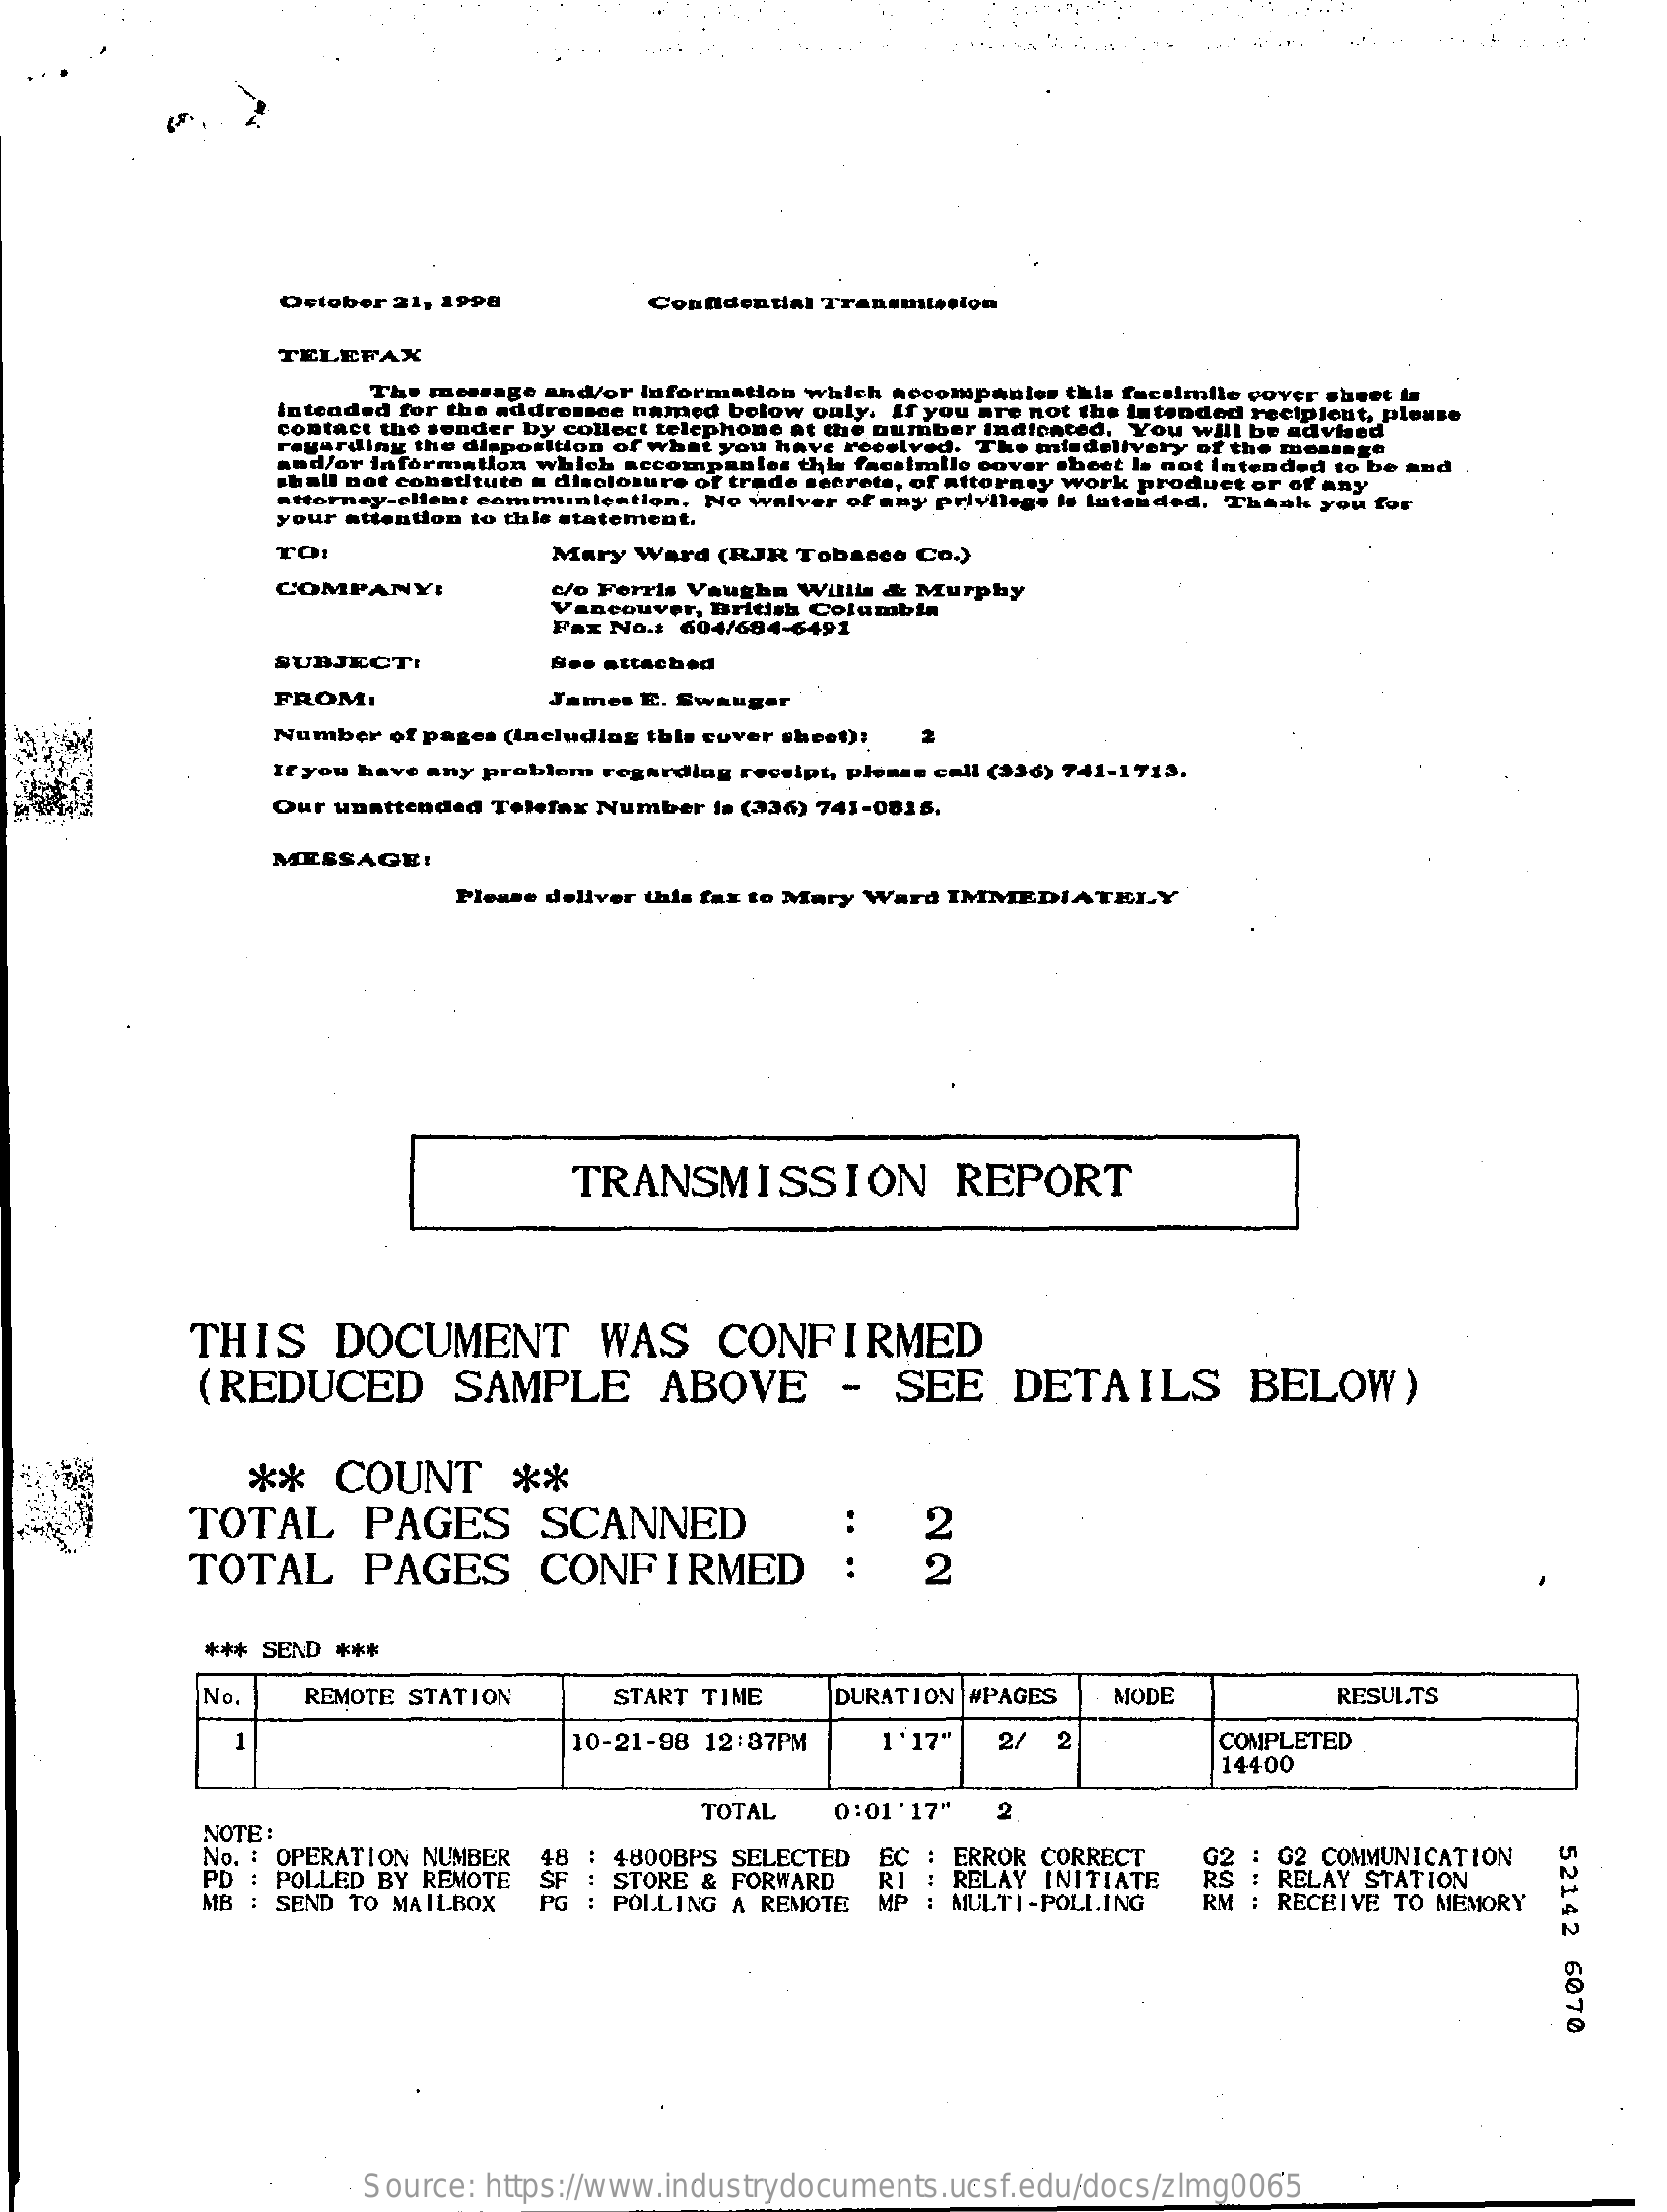
October 21, 1998    Confidential Transmission
     TELEFAX
     The message and/or Information which hecompanles this facsimile cover sheet la
     intended for the addressee named below only. If you are not the intended recipient, please
     contact the sender by collect telephone at the number Indicated, You will be advised
     regarding the disposition of what you have received. The misdelivery of the meunge
     and/or laformallon which secompanies this facsimile cover sheet la not Intended to be and
     shall not cobstituto a disclosure of    ork
     attorney-client communication, No waiver of any privilege le lutended. Thank you for
     de Beer
     your attention to this statement.
     TO:    Mary Ward (RJR  Tobases Co.)
     COMPANY:    c/o Forris Vaughn Willis & Murphy
     Vancouver, British Columbia
     Fax No .: 604/684-6491
     SUBJECT:    attached
     FROM:    James E. Swauger
     Number of pages (Including this cover sheet):
     If you have any problem regarding receipt, please call (336) 741-1713.
     Our unattended Telefax Number in (336) 741-0815.
     MESSAGE:
     Please deliver this fax to Mary Ward IMMEDIATELY
     TRANSMISSION    REPORT
     THIS    DOCUMENT    WAS    CONFIRMED
     (REDUCED    SAMPLE    ABOVE    -   SEE    DETAILS    BELOW)
     **    COUNT    **
     TOTAL    PAGES    SCANNED
     TOTAL    PAGES    CONFIRMED
     2
     :    2
     *** SEND ***
     No    REMOTE STATION    START TIME    DURATION #PAGES    MODE    RESULTS
     1    10-21-98 12:37PM    1'17"   27  2    COMPLETED
     14400
     NOTE :
     TOTAL   0:01'17"   2
     52142
     6070
     No. : OPERATION NUMBER
     PD : POLLED BY REMOTE
     48 : 4800BPS SELECTED
     SF : STORE & FORWARD
     EC : ERROR CORRECT   G2 : 62 COMMUNICATION
     MB : SEND TO MAILBOX PG : POLLING A REMOTE
     RI : RELAY INITIATE
     MP : MULTI-POLLING MP
     RS : RELAY STATION
     RM : RECEIVE TO MEMORY
     Source: https://www.industrydocuments.ucsf.edu/docs/zlmg0065